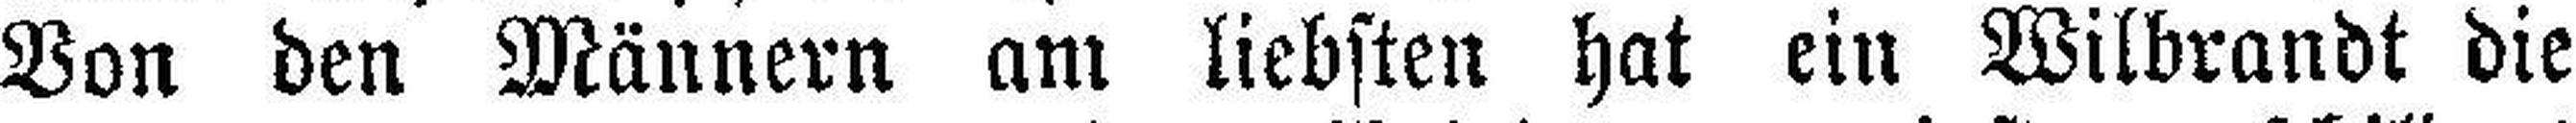
Von den Männern am liebsten hat ein Wilbrandt die